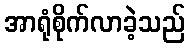
အာရုံစိုက်လာခဲ့သည်